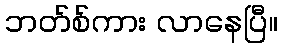
ဘတ်စ်ကား လာနေပြီ။